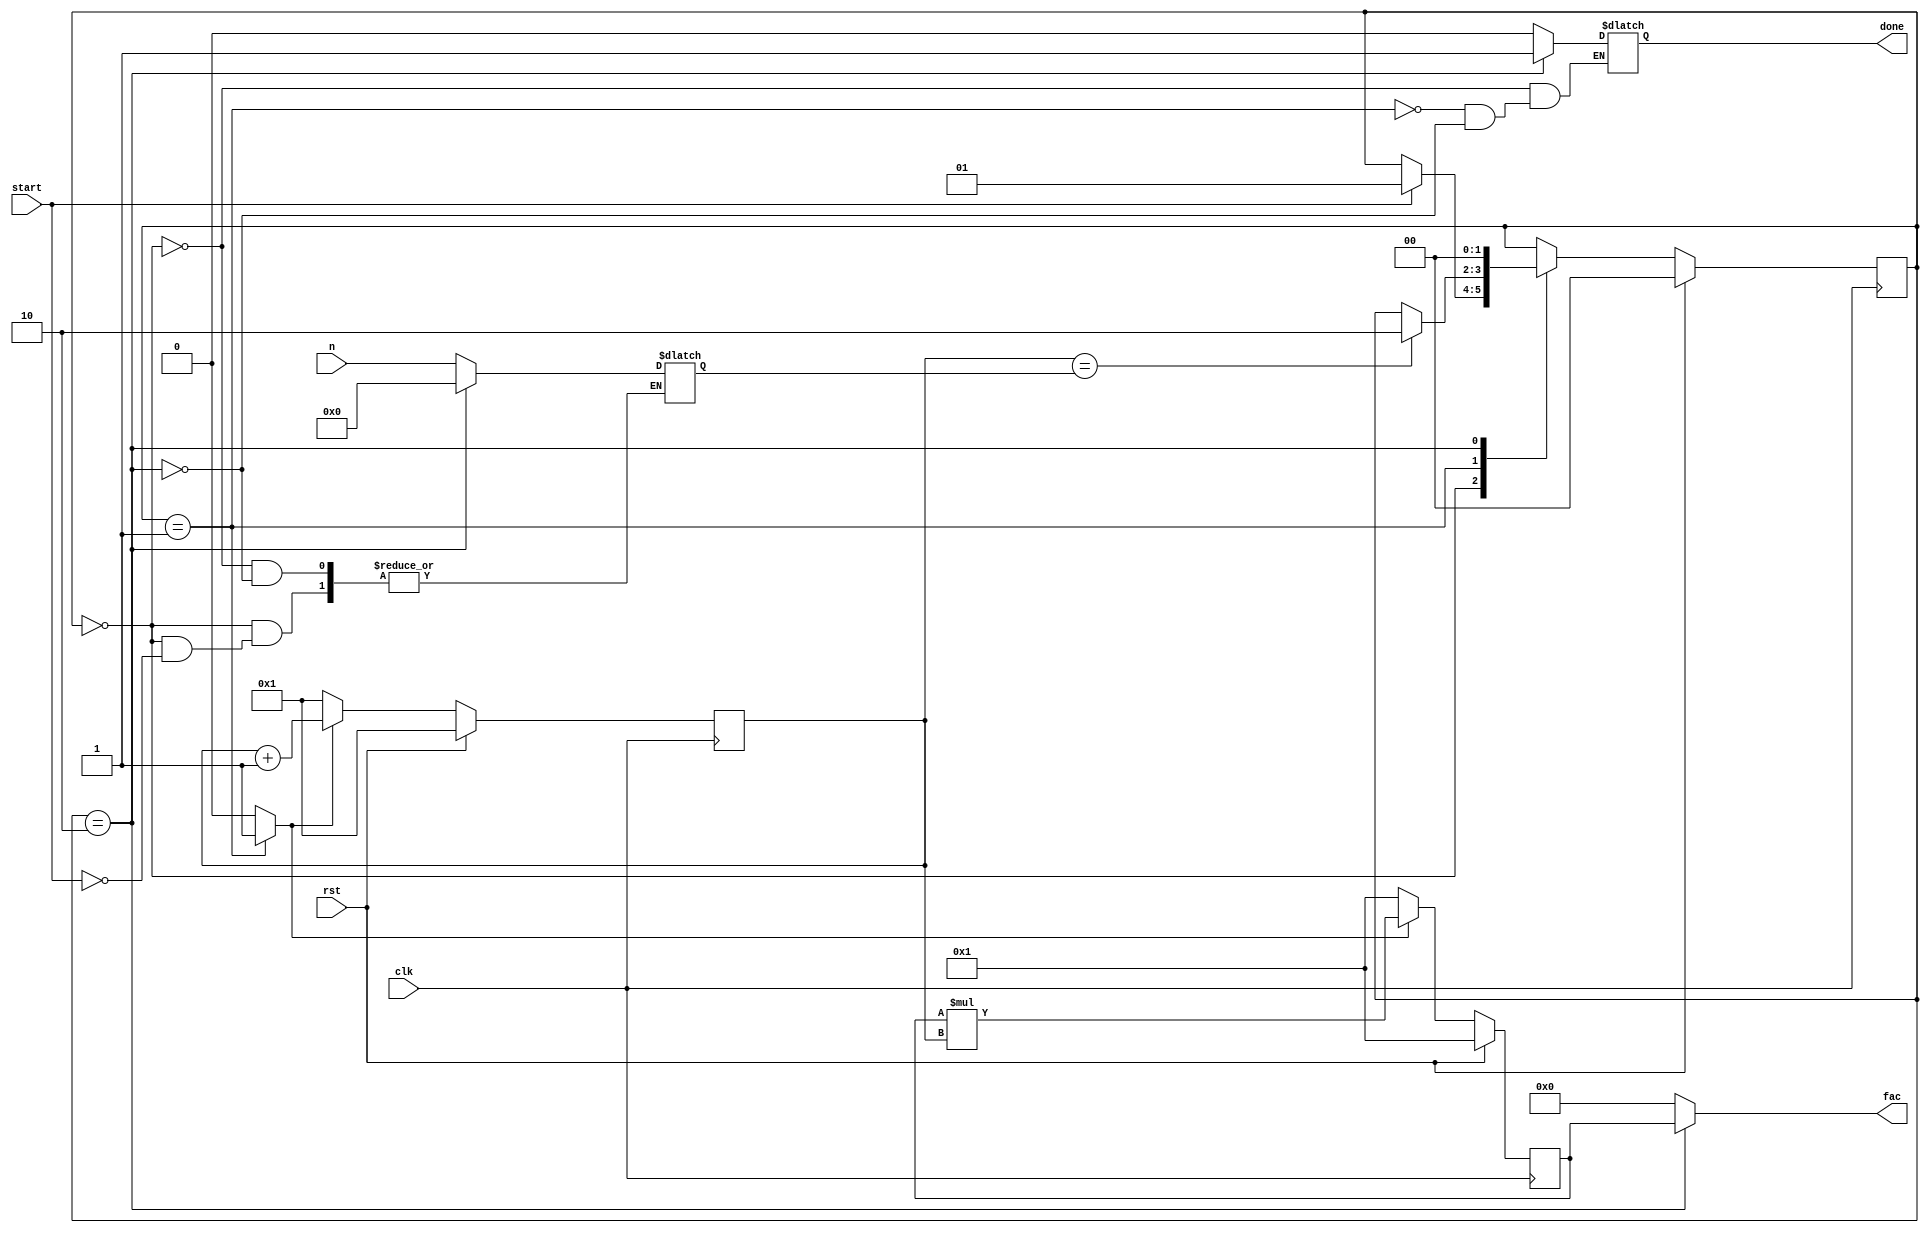
`timescale 1ns / 1ps

module Factorial(
        input clk,
        input rst,
        input start,
        input [3:0] n,  // <= 12
        output reg [31:0] fac,
        output reg done
    );

    localparam IDLE = 2'b00;
    localparam CALC = 2'b01;
    localparam DONE = 2'b10;

    reg [1:0] state, next_state;
    reg [3:0] i, next_i;
    reg [3:0] n_reg;
    reg [31:0] fac_tmp, next_fac_tmp;
    reg cnt_en, cal_en;

    initial begin
        state = IDLE;
        i = 1;
        n_reg = 0;
        fac_tmp = 1;
        done = 0;
    end

    // control path state register block
    always @(posedge clk) begin
        if (rst) state <= IDLE;
        else state <= next_state;
    end

    // control path next state logic
    always @(*) begin
        next_state = state;
        case (state)
            IDLE: begin
                if (start) begin
                    next_state = CALC;
                    n_reg = n;
                end
            end
            CALC: begin
                if (i == n_reg)
                    next_state = DONE;
            end
            DONE: begin
                next_state = IDLE;
                n_reg = 0;
            end
        endcase
    end

    // control path output logic
    always @(*) begin
        cnt_en = 0;
        cal_en = 0;
        case (state)
            IDLE: begin
                cnt_en = 0;
                cal_en = 0;
                done = 0;
            end
            CALC: begin
                cnt_en = 1;
                cal_en = 1;
                done = 0;
            end
            DONE: begin
                cnt_en = 0;
                cal_en = 0;
                done = 1;
            end
        endcase
    end

    // counter data path current register block
    always @(posedge clk) begin
        if (rst) i <= 1;
        else i <= next_i;
    end

    // counter data path next register logic
    always @(*) begin
        if (cnt_en) next_i = i + 1;
        else next_i = 1;
    end

    // calculation data path current register block
    always @(posedge clk) begin
        if (rst) fac_tmp <= 1;
        else fac_tmp <= next_fac_tmp;
    end

    // calculation data path next register logic
    always @(*) begin
        if (cal_en) next_fac_tmp = fac_tmp * i;
        else next_fac_tmp = 1;
    end

    // data output
    always @(*) begin
        if (state == DONE)
            fac = fac_tmp;
        else
            fac = 0;
    end

endmodule